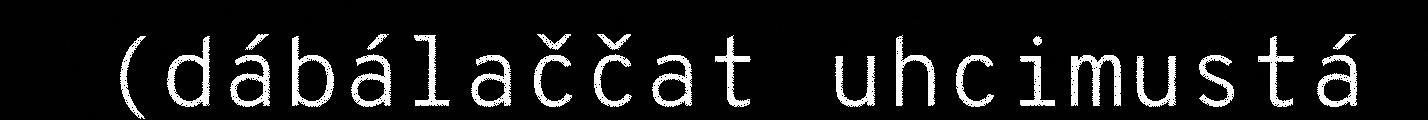
(dábálaččat uhcimustá